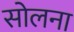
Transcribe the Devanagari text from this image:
सोलना